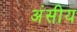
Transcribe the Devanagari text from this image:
अंसीय